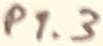
Text: P1.3